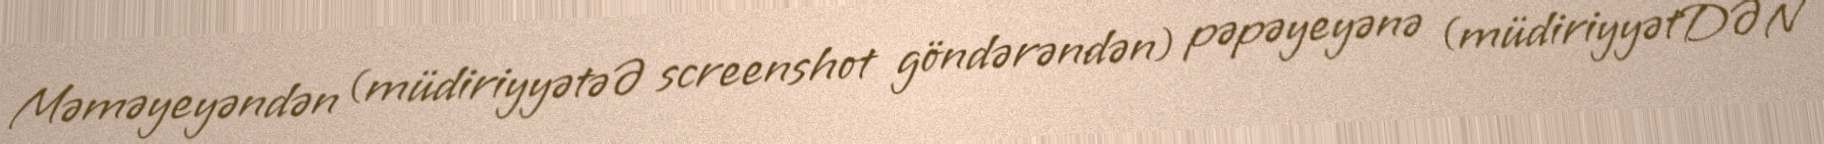
Məməyeyəndən (müdiriyyətəƏ screenshot göndərəndən) pəpəyeyənə (müdiriyyətDƏN